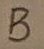
Text: B